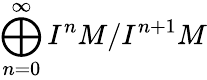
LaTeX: \bigoplus_{n=0}^{\infty}I^{n}M/I^{n+1}M